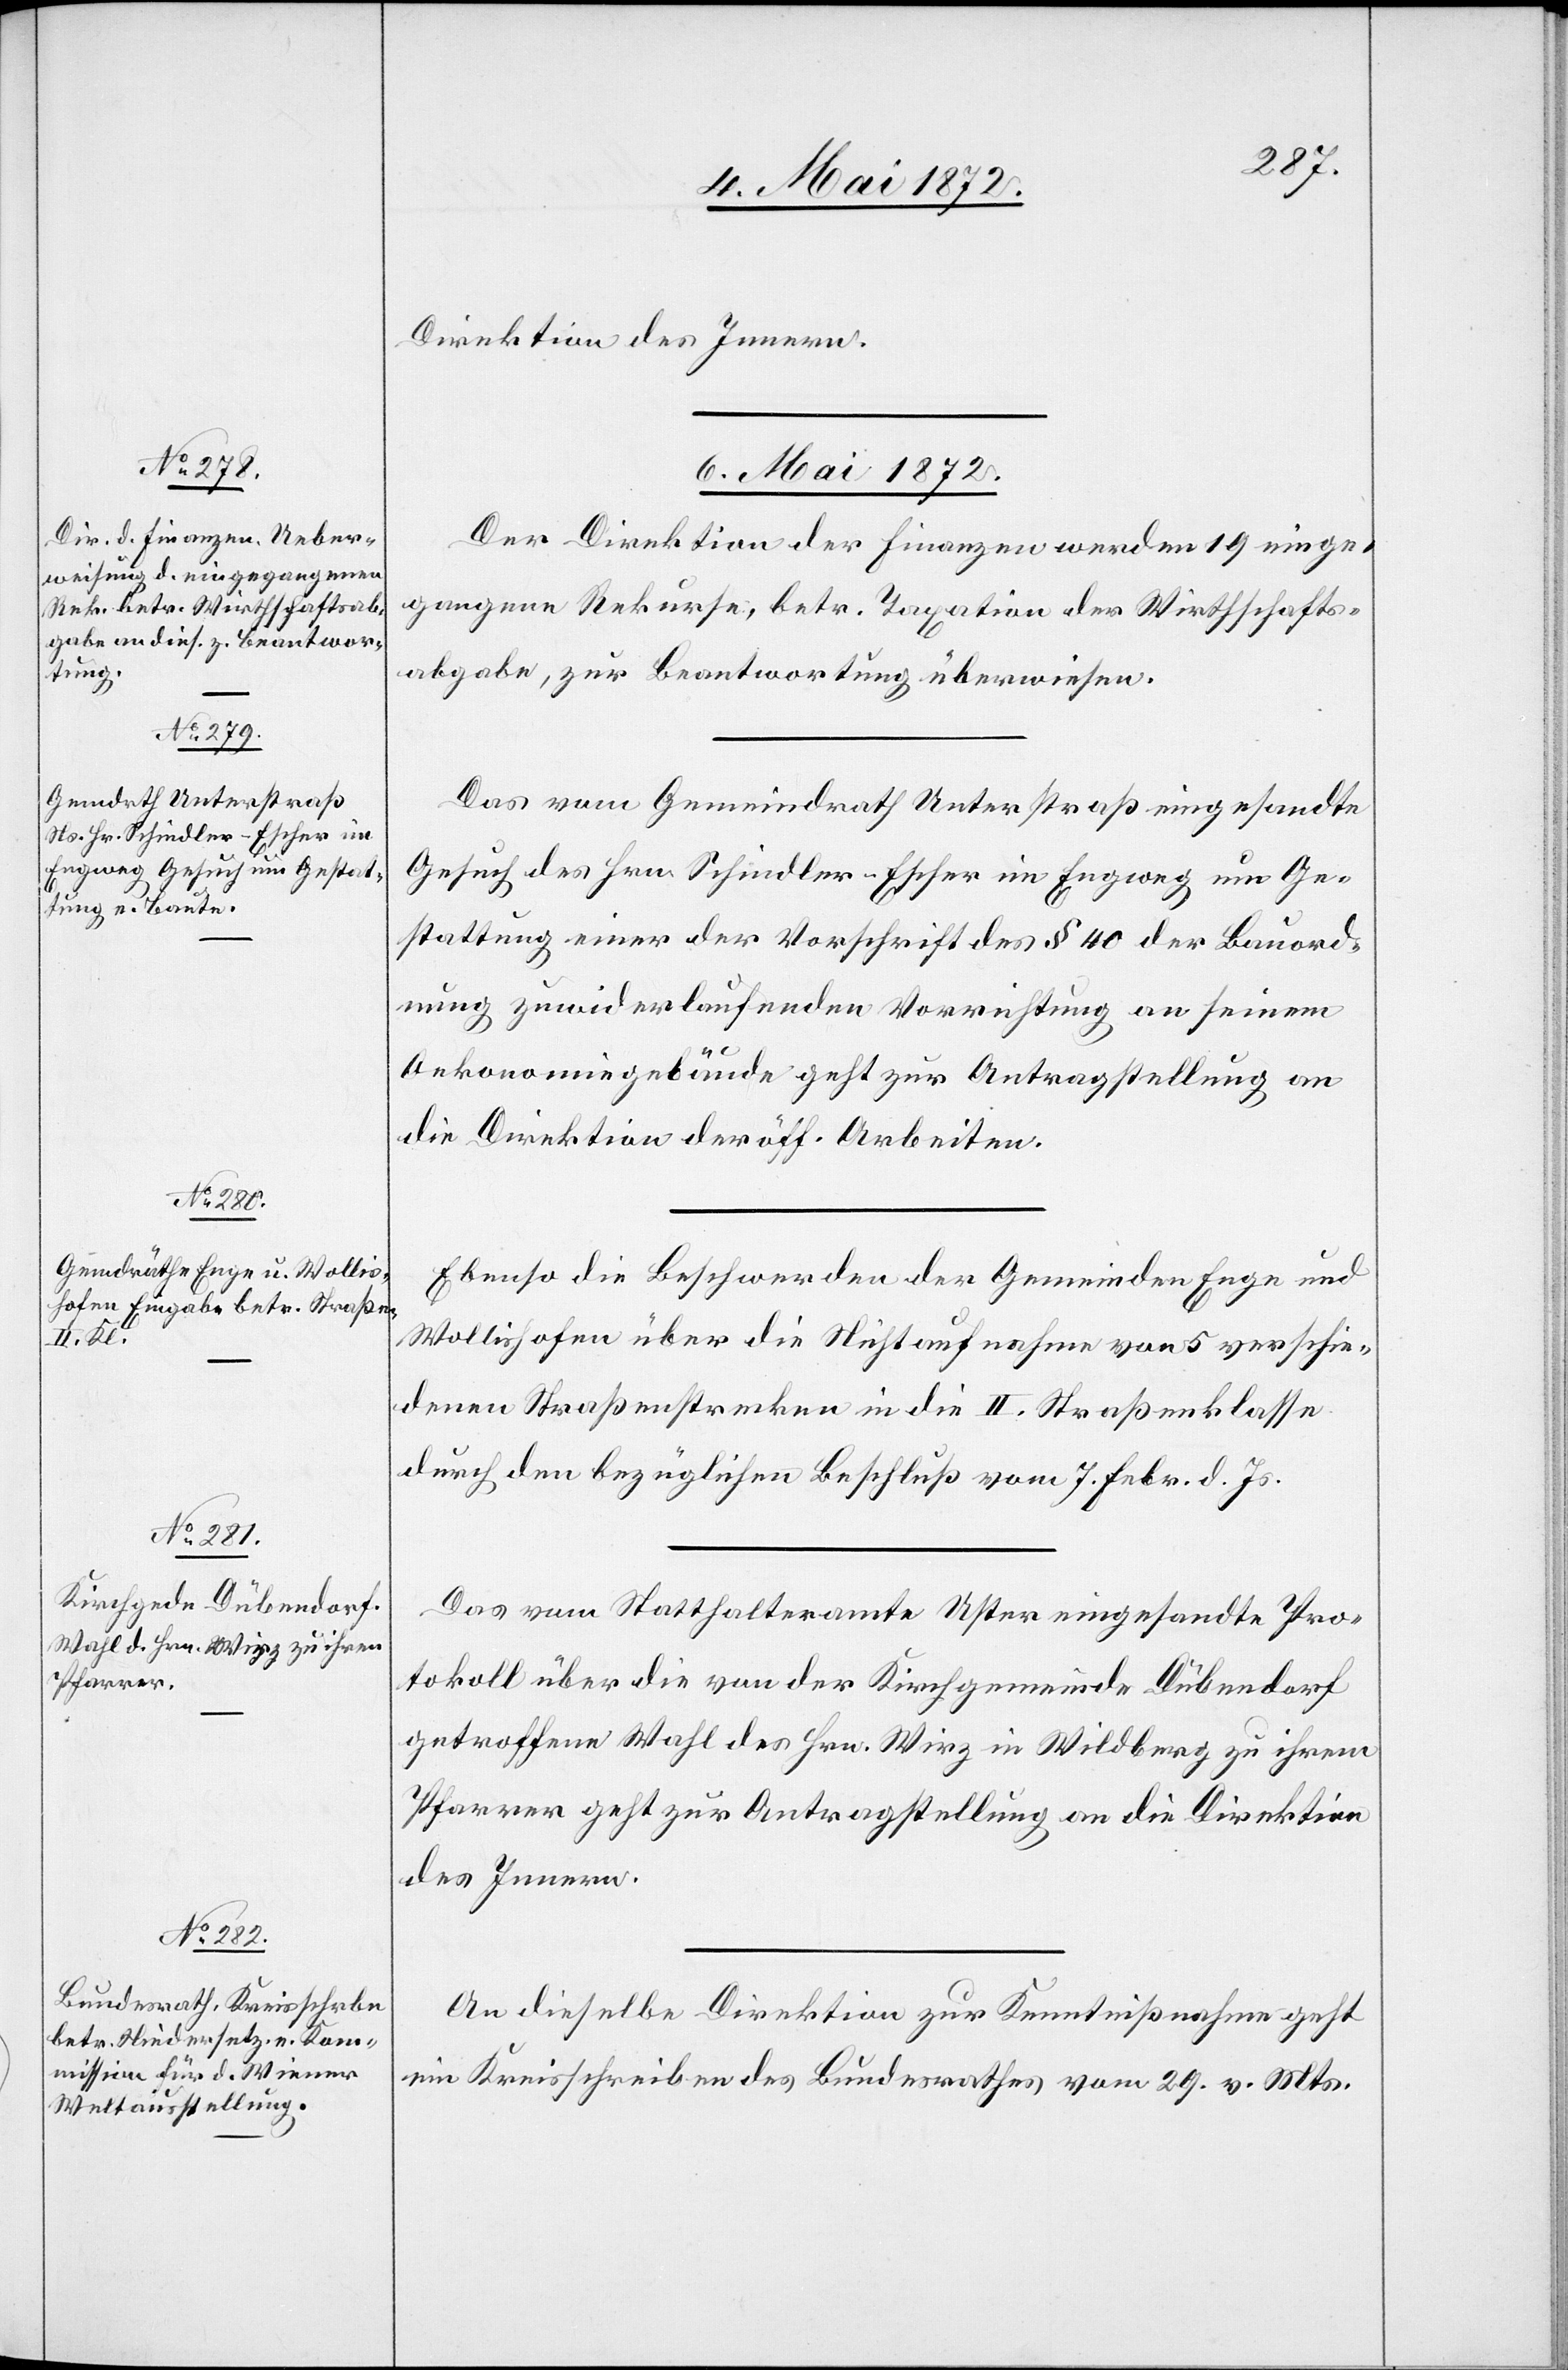
Direktion des Innern.
6. Mai 1872.]
Der Direktion der Finanzen werden 19 einge¬
gangene Rekurse, betr. Taxation der Wirthschafts¬
abgabe, zur Beantwortung überwiesen.
Das vom Gemeindrath Unterstraß eingesandte
Gesuch des Hrn. Schindler-Escher im Engweg um Ge¬
stattung einer der Vorschrift des § 40 der Bauord¬
nung zuwiderlaufenden Vorrichtung an seinem
Oekonomiegebäude geht zur Antragstellung an
die Direktion der öff. Arbeiten.
Ebenso die Beschwerden der Gemeinden Enge und
Wollishofen über die Nichtaufnahme von 5 verschie¬
denen Straßenstrecken in die II. Straßenklasse
durch den bezüglichen Beschluß vom 7. Febr. d. Js.
Das vom Statthalteramte Uster eingesandte Pro¬
tokoll über die von der Kirchgemeinde Dübendorf
getroffene Wahl des Hrn. Wirz in Wildberg zu ihrem
Pfarrer geht zur Antragstellung an die Direktion
des Innern.
An dieselbe Direktion zur Kenntnißnahme geht
ein Kreisschreiben des Bundesrathes vom 29. v. Mts.